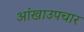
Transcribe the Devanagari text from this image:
आंखाउपचार